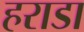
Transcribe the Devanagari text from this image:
हराडा